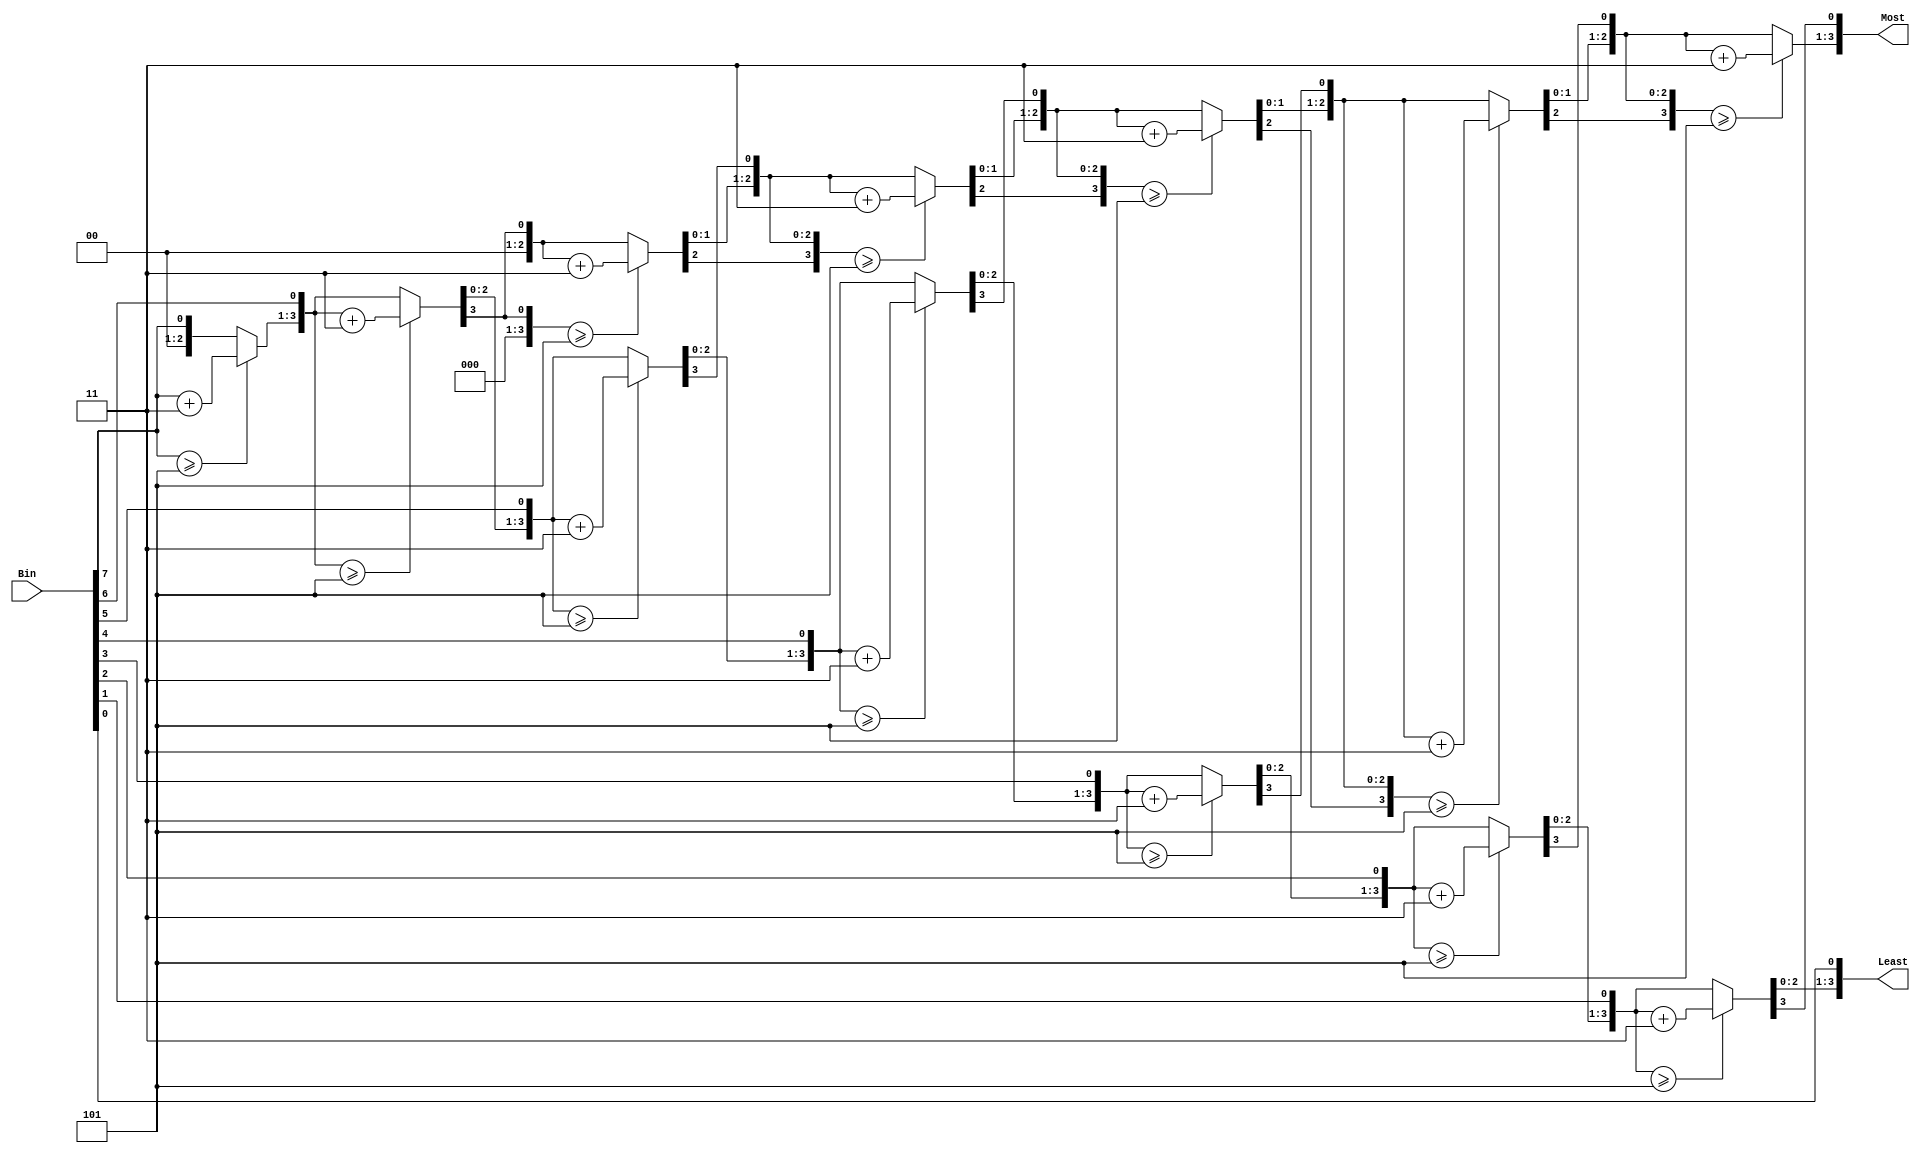
module Bin2BCD_8bits (
   input  wire [7:0] Bin,
   output wire [3:0] Least,
   output wire [3:0] Most
);
   
integer i;
reg  [7:0] itr [0:8];
reg  [7:0] temp;
reg  [7:0] BCD;

// Double Dabble algorithm
always @(*) begin 	
    for (i = 0;i < 9;i = i + 1) begin
        itr[i] = 8'b0;
    end
    i = 0;
    for (i = 0;i < 8;i = i + 1) begin
        itr[i+1][3:0] = (itr[i][3:0] >= 5)? (itr[i][3:0] + 3): itr[i][3:0];
        itr[i+1][7:4] = (itr[i][7:4] >= 5)? (itr[i][7:4] + 3): itr[i][7:4];
        temp          = itr[i+1];
        itr[i+1]      = {temp[6:0],Bin[7-i]}; 
    end
    BCD = itr[8];
end

assign {Most,Least} = BCD;

endmodule